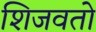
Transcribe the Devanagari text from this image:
शिजवतो